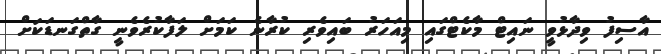
އާސިފު ވިދާޅުވީ ނައިޓް މާކެޓްގައި މިއަހަރު ބައިވެރި ކުރާނެ ކަމަށް ލަފާކުރެވެނީ ގާތްގަނޑަކަށް